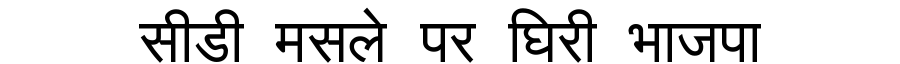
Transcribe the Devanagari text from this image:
सीडी मसले पर घिरी भाजपा